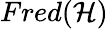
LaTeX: Fred({\mathcal{H}})